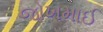
જોખમાઈ